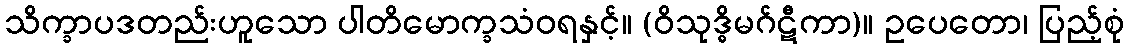
သိက္ခာပဒတည်းဟူသော ပါတိမောက္ခသံဝရနှင့်။ (ဝိသုဒ္ဓိမဂ်ဋီကာ)။ ဥပေတော၊ ပြည့်စုံ